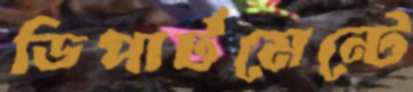
ডিপার্টমেন্টে